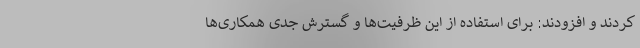
کردند و افزودند: برای استفاده از این ظرفیت‌ها و گسترش جدی همکاری‌ها